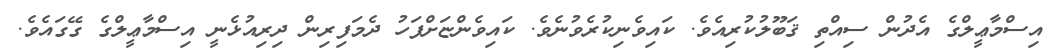
އިސްމާޢީލްގެ އެދުން ސިއްތި ޤަބޫލުކުރިއެވެ. ކައިވެނިކުރެވުނެވެ. ކައިވެންޏަށްފަހު ދެމަފިރިން ދިރިއުޅެނީ އިސްމާޢީލްގެ ގޭގައެވެ.